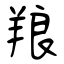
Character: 羪